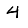
Digit: 4